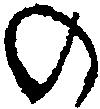
の